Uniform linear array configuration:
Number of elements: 4
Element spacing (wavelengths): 1
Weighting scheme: cosine
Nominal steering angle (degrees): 30
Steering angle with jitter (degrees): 28.053
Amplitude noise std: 0.05
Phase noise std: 0.05

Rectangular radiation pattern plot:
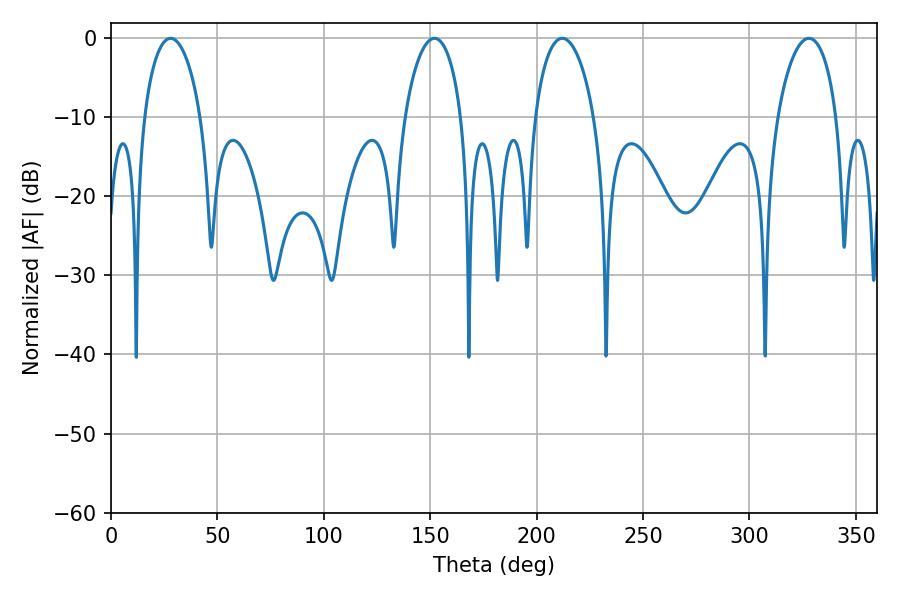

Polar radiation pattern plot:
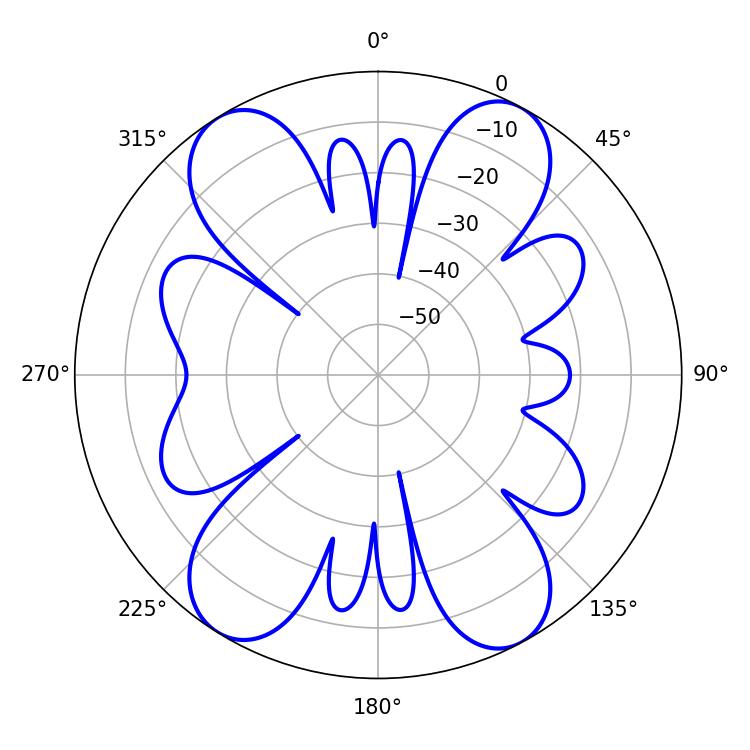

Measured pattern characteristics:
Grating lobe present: TRUE
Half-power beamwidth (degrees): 15.84
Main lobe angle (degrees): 212.04